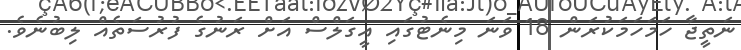
ނަތީޖާ ހަމަހަމަކުރަން 18 ވަނަ މިނެޓުގައި އީގަލްސް އަށް ރަނުގެ ފުރުސަތެއް ލިބުނެވެ.